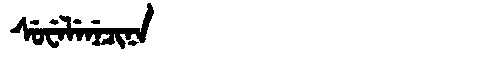
Manchu: ᠰᡠᠸᡝᠯᡝᠨᡝᠴᡳᠨᠠ
Romanization: SUWELENECINA